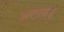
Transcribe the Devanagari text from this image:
अटल।